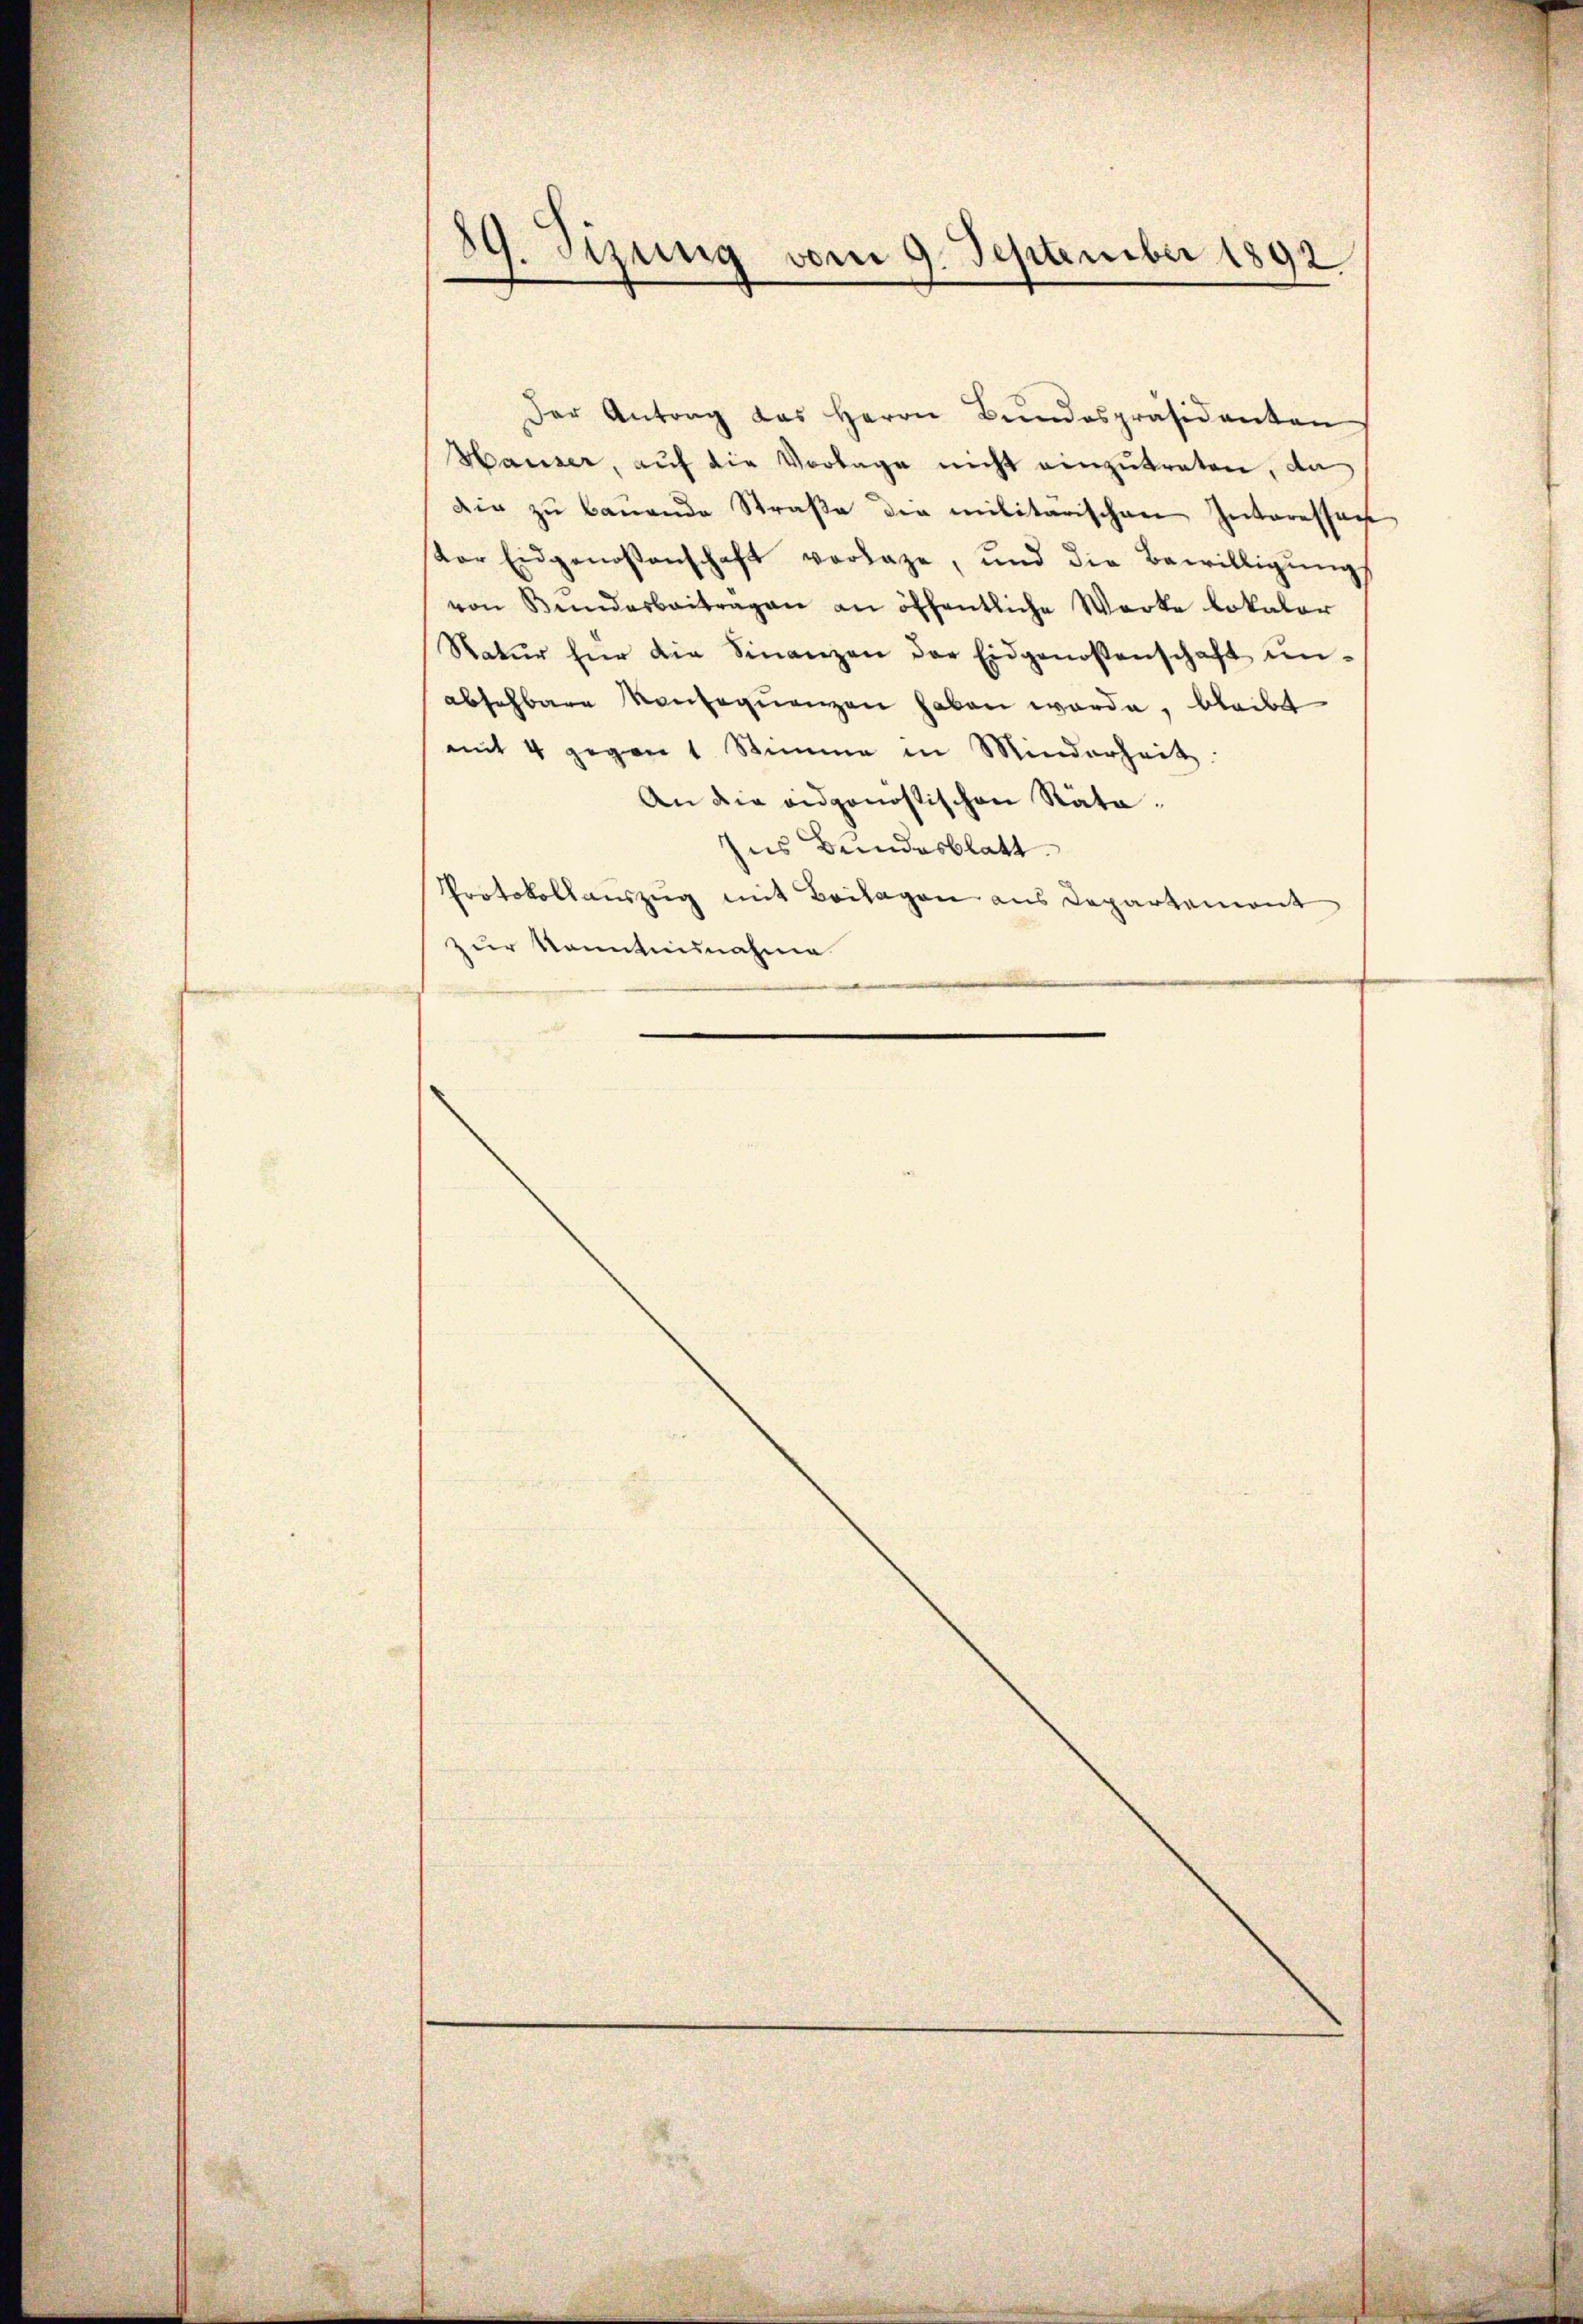
19. Sizung vom 9. September 1892

Der Antrag das Herrn Bŭndespräsidenten
Hauser, auf die Vorlage nicht einzutreten, da
die zŭ bauende Straβe die militärischen Interessach
tor Eidgenossenschaft verlage, und die Bewilligŭng
von Bundesbeitragen an öffentliche Werke lokaler
Natŭr für die Finanzen der Eidgenossenschaft ŭn-
absehbare Konseqŭenzen haben werde, bleibt
mit 4 gegen 1 Stimme in Minderheit
An die eidgenostischen Rata.
zus Bundesblatt
Protokollauszug mit Beilagen aus Departement
zur Kenntnisnahme